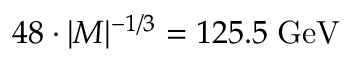
4 8 \cdot | M | ^ { - 1 / 3 } = 1 2 5 . 5 \; \mathrm { G e V }